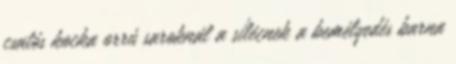
csatós kocka orrú saroknál a sílécnek a bemélyedés barna